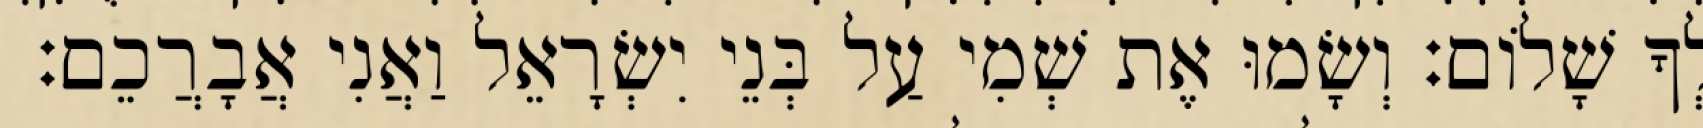
לְךָ שָׁלוֹם׃ וְשָׂמוּ אֶת שְׁמִי עַל בְּנֵי יִשְׂרָאֵל וַאֲנִי אֲבָרֲכֵם׃